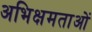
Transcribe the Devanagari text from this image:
अभिक्षमताओं